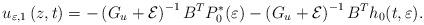
LaTeX: \begin{align*}u_{\varepsilon, 1}\left(z,t\right) =-\left(G_{u}+\mathcal{E}\right)^{-1}B^{T}P^{*}_{0}(\varepsilon) - \left(G_{u}+\mathcal{E}\right)^{-1}B^{T}h_{0}(t,\varepsilon). \end{align*}